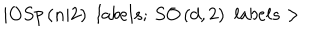
| O S p \left( n | 2 \right) \, \, l a b e l s ; \, S O \left( d , 2 \right) \, \, l a b e l s >